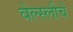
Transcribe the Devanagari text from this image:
वेल्स्लीचे